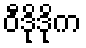
ဝီဒိုဒိုက